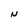
Character: N